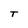
Character: T